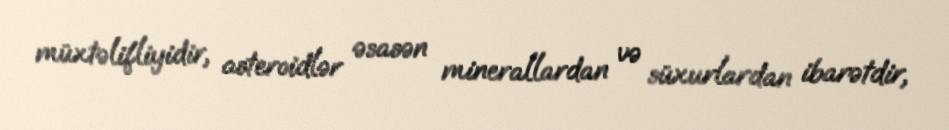
müxtəlifliyidir, asteroidlər əsasən minerallardan və süxurlardan ibarətdir,